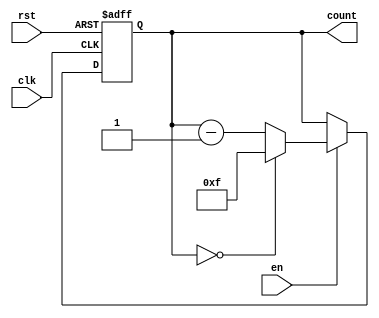
module binary_down_counter #(
    parameter WIDTH = 4  // Parameter to define the bit width of the counter
)(
    input wire clk,      // Clock signal
    input wire rst,      // Asynchronous reset signal
    input wire en,       // Enable signal for counting
    output reg [WIDTH-1:0] count // Current count value
);

    // Maximum value for the counter based on the width
    localparam MAX_COUNT = (1 << WIDTH) - 1; // 2^WIDTH - 1

    // Always block for synchronous counting and asynchronous reset
    always @(posedge clk or posedge rst) begin
        if (rst) begin
            count <= MAX_COUNT; // Reset to maximum value
        end else if (en) begin
            if (count == 0) begin
                count <= MAX_COUNT; // Roll over to maximum value
            end else begin
                count <= count - 1; // Decrement the counter
            end
        end
    end

endmodule